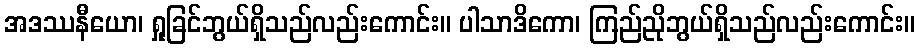
အဒဿနီယော၊ ရှုခြင်ဘွယ်ရှိသည်လည်းကောင်း။ ပါသာဒိကော၊ ကြည်ညိုဘွယ်ရှိသည်လည်းကောင်း။